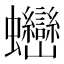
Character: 𧖖